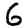
Digit: 6